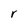
Character: r